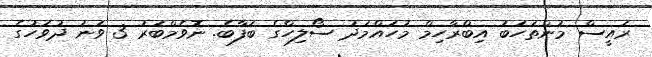
ރައީސް މުންތަހަބު އިބްރާހިމް މުހައްމަދު ސޯލިހްގެ ބަފާބެ. ނޮވެމްބަރު 3 ވަނަ ދުވަހުގެ